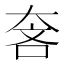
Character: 𱘵